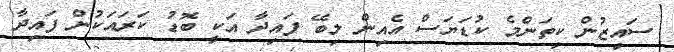
ސައިޒުން ކިތަންމެ ކުޑަޔަސް އެއިން ލިބޭ ފައިދާ އަކީ ބޮޑު ކަރައަކުން ފައިދާ